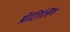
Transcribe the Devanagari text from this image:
थ्रॉटिलिंग